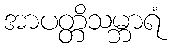
အာပတ္တိသမ္ဘာရံ